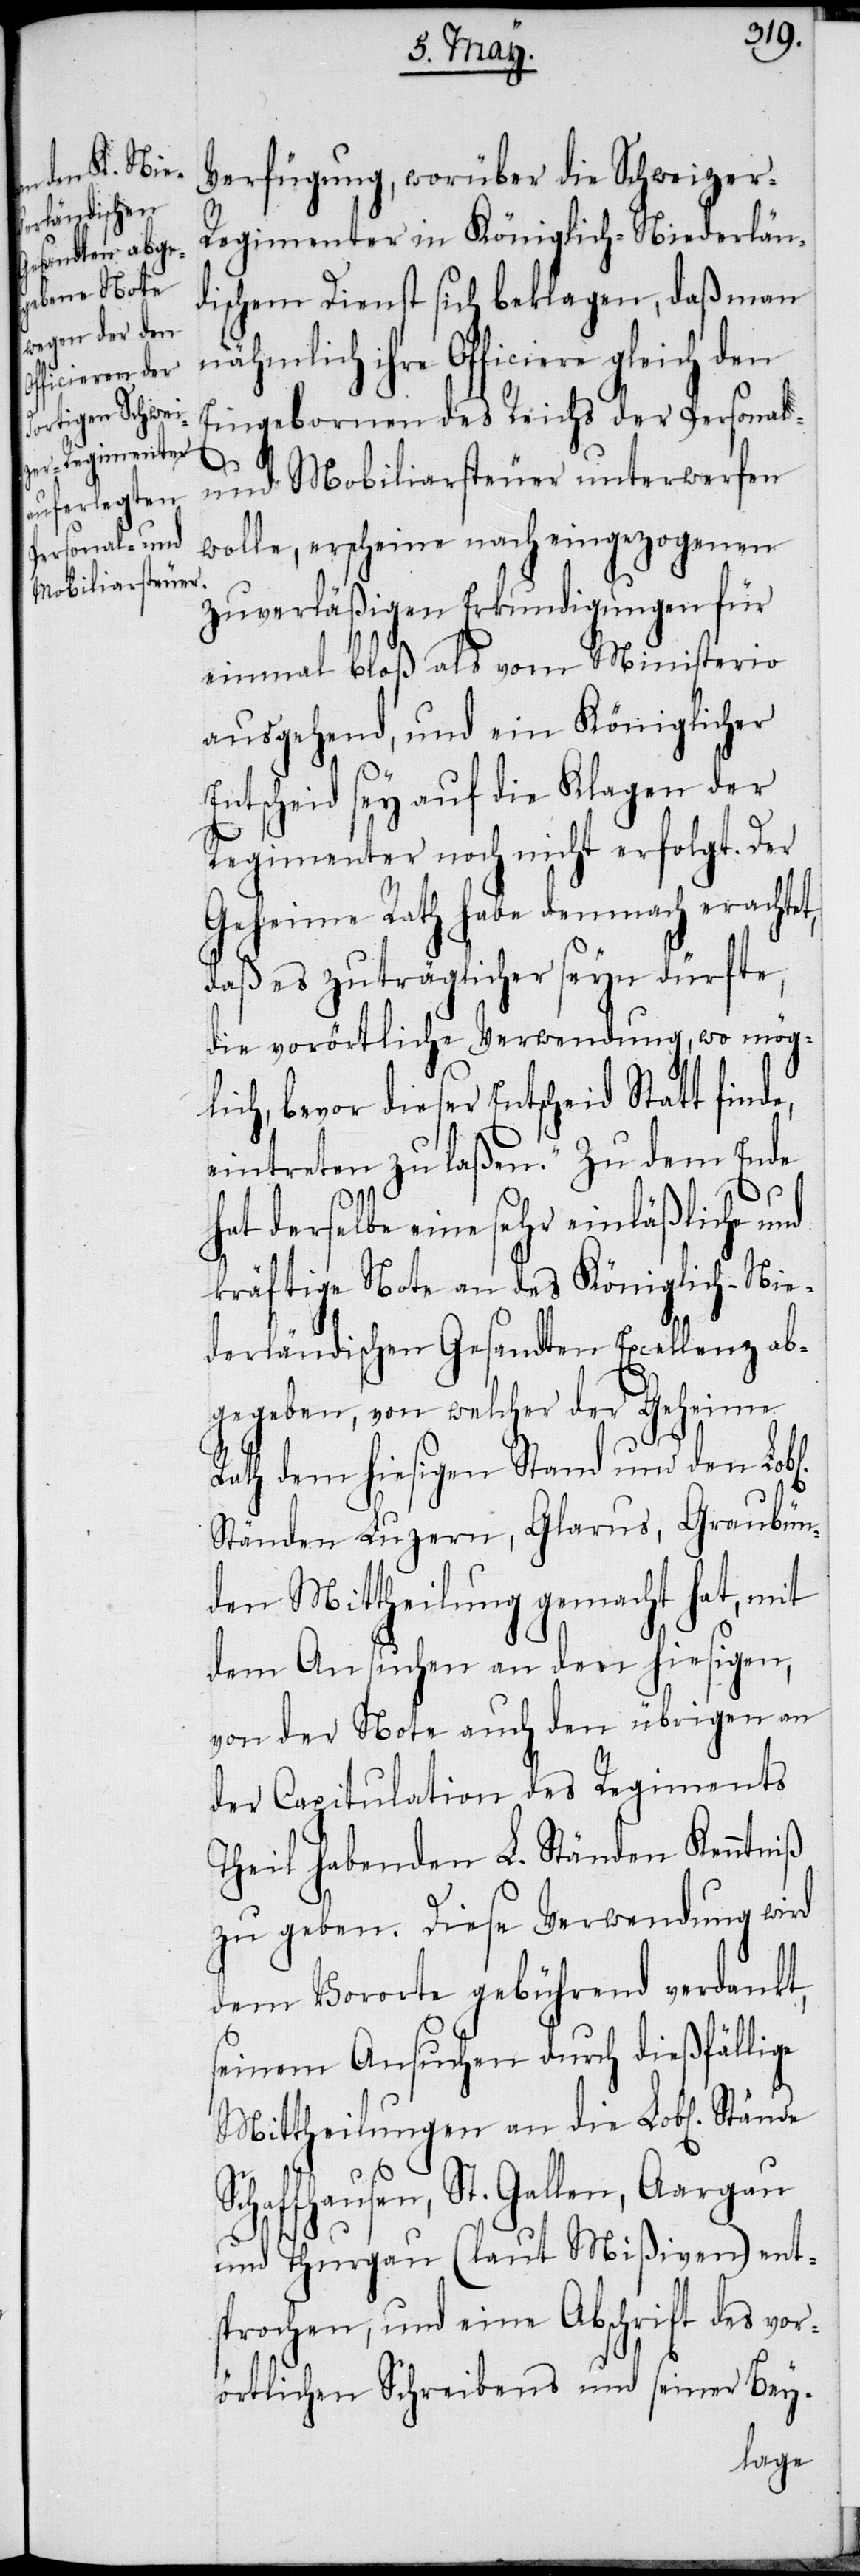
l[ichen]

Verfügung, worüber die Schweizer-R¬
egimenter in Königlich-Niederländ¬
ischem Dienst sich beklagen, daß man
nähmlich ihre Officiere gleich
Eingebornen des Reichs der Personal-
S¬
und Mobiliarsteuer unterwerfen
wolle, erscheine nach eingezogenen
zuverläßigen Erkundigungen für
einmal bloß als vom Ministerio
ausgehende, und ein Königlicher
Entscheid sey auf die Klagen der
Regimenter noch nicht erfolgt. Der
Geheime Rath habe demnach erachtet,
daß es zuträglicher seyn dürfte,
die vorörtliche Verwendung, wo mög¬
lich, bevor dieser Entscheid Statt find¬
eintreten zu laßen.“ Zu dem Ende
hat derselbe eine sehr einläßliche und
kräftige Note an des Königlich-Nie¬
derländischen Gesandten Excellenz ab¬
gegeben, von welcher der Geheime
Rath dem hiesigen Stand und den Lob¬
Ständen Luzern, Glarus, Graubün¬
den Mittheilung gemacht hat, mit
dem Ansuchen an den hiesigen,
von der Note auch den übrigen an
der Capitulation des Regiments
Theil habenden L. Ständen Kenntniß
zu geben. Diese Verwendung wird
dem Vororte gebührend verdankt,
seinem Ansuchen durch dießfällige
Mittheilungen an die Lobl[ichen]
chaffhausen, St. Gallen, Aargau
und Thurgau (laut Mißiven) ent¬
sprochen, und eine Abschrift des vor¬
örtlichen Schreibens und seiner Bey-